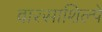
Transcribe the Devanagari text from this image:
वारसाशिल्पे